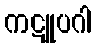
ကဋူပဂါ